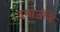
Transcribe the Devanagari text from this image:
दमाजीनें